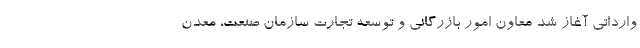
وارداتی آغاز شد معاون امور بازرگانی و توسعه تجارت سازمان صنعت، معدن